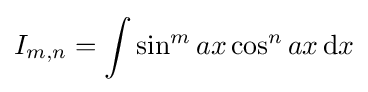
I_{m,n}=\int \sin ^{m}{ax}\cos ^{n}{ax}\,{\text{d}}x\,\!